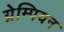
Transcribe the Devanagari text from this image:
ग्रेम्पियन